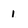
Character: i